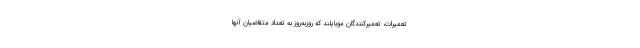
تعمیرات، تعمیرکنندگان موبایلند که روزبه‌روز به تعداد متقاضیان آنها